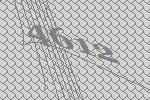
4612